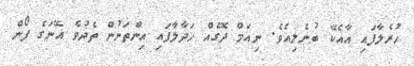
ހުރެލާފައި އާއެކޭ ބުނެލިއެވެ. ނިއަމް ދޮގެއް ހަދާލާފައި އިންތަނުން ތެދުވެ އޭނަގެ ފޯން